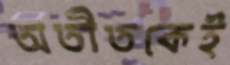
অতীতকেই